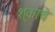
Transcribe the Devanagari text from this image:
श्ंकाचे